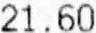
21.60